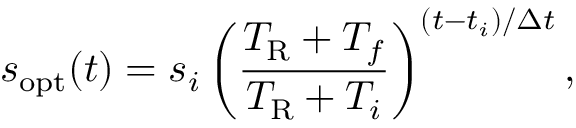
s _ { \mathrm { o p t } } ( t ) = s _ { i } \left( \frac { T _ { \mathrm { R } } + T _ { f } } { T _ { \mathrm { R } } + T _ { i } } \right) ^ { ( t - t _ { i } ) / \Delta t } ,